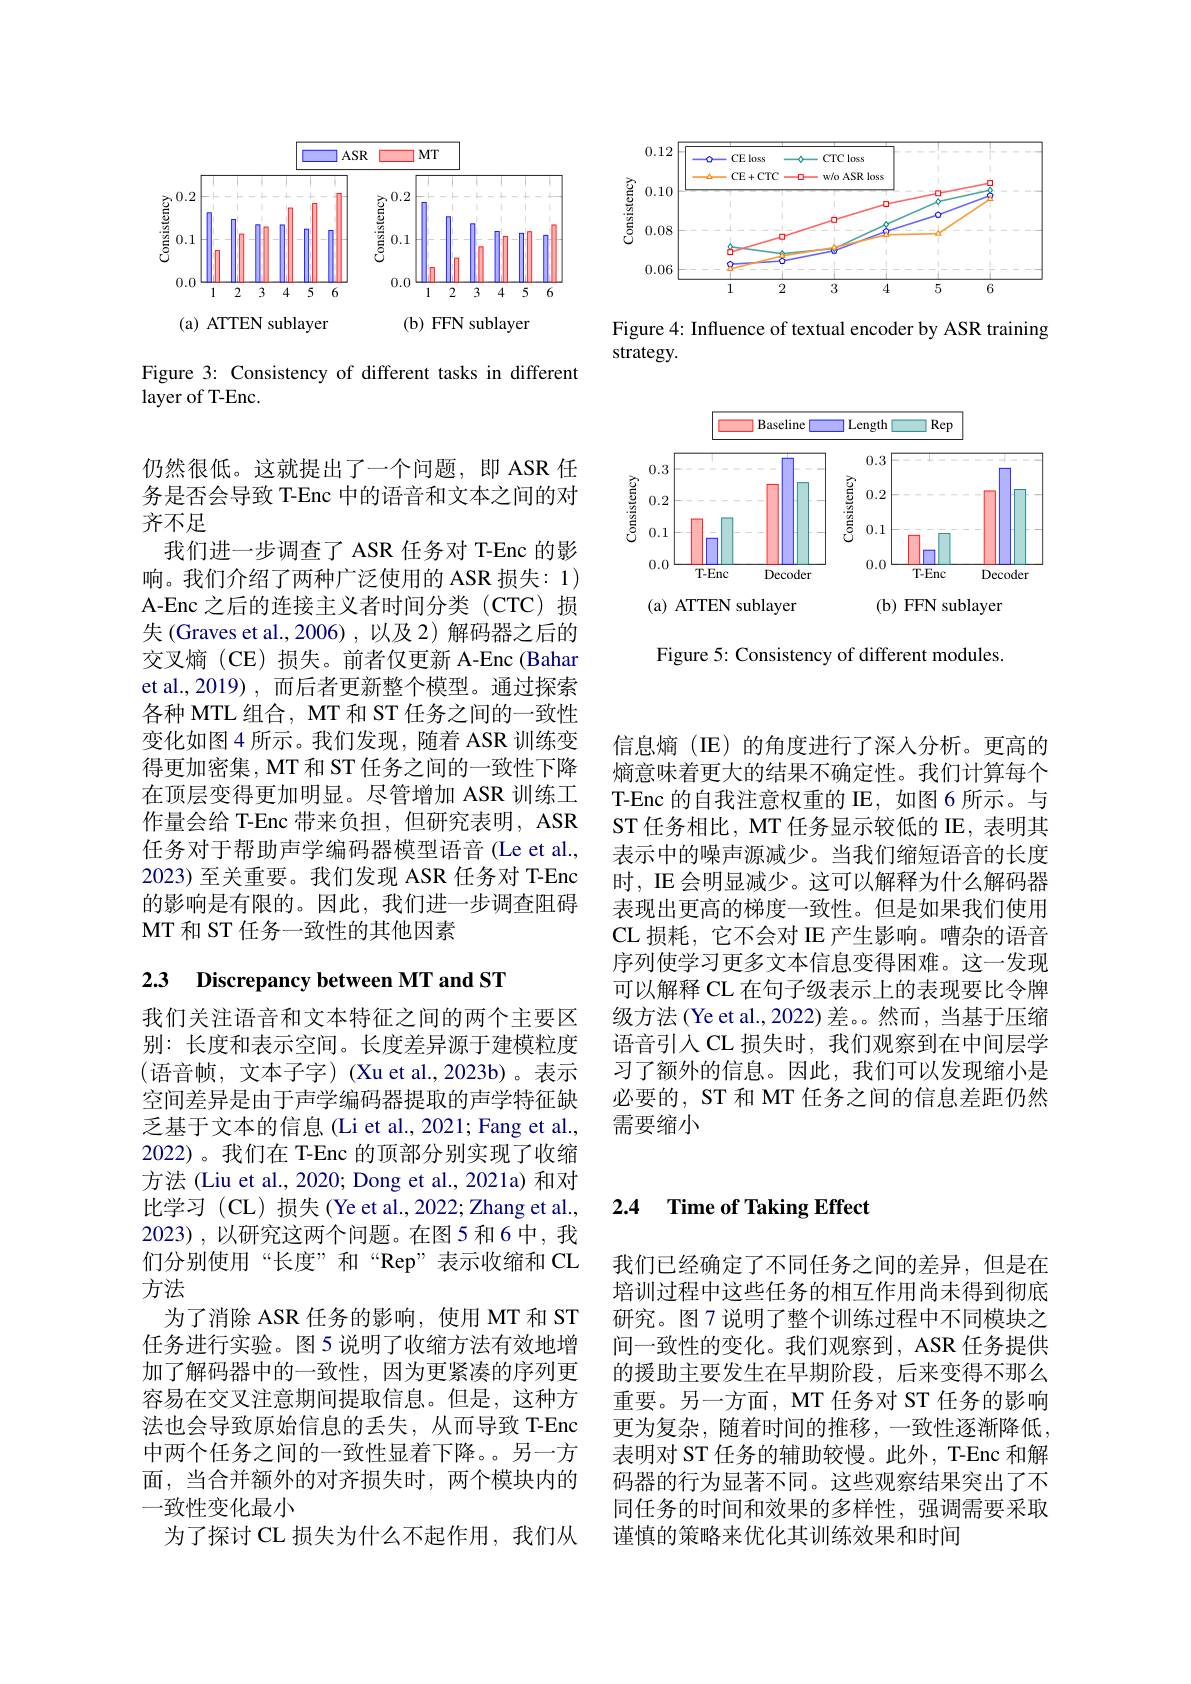
<FigureHere>

Figure 4: Influence of textual encoder by ASR training
strategy.

<FigureHere>

Figure 5: Consistency of different modules.

<FigureHere>

Figure 3: Consistency of different tasks in different
layer of T-Enc.

仍然很低。这就提出了一个问题，即 ASR 任务是否会导致 T-Enc 中的语音和文本之间的对齐不足
我们进一步调查了 ASR 任务对 T-Enc 的影响。我们介绍了两种广泛使用的 ASR 损失：1) A-Enc 之后的连接主义者时间分类(CTC)损失(Graves et al.,2006),以及 2)解码器之后的交叉熵(CE)损失。前者仅更新 A-Enc (Bahar et al.,2019) ,而后者更新整个模型。通过探索各种 MTL 组合，MT 和 ST 任务之间的一致性变化如图 4 所示。我们发现，随着 ASR 训练变得更加密集，MT 和 ST 任务之间的一致性下降在顶层变得更加明显。尽管增加 ASR 训练工作量会给 T-Enc 带来负担，但研究表明，ASR 任务对于帮助声学编码器模型语音(Le et al., 2023) 至关重要。我们发现 ASR 任务对 T-Enc 的影响是有限的。因此，我们进一步调查阻碍MT 和 ST 任务一致性的其他因素

# 2.3 Discrepancy between MT and ST

我们关注语音和文本特征之间的两个主要区别：长度和表示空间。长度差异源于建模粒度(语音帧，文本子字)(Xuet al.,2023b)。表示空间差异是由于声学编码器提取的声学特征缺乏基于文本的信息(Li et al., 2021; Fang et al., 2022)。我们在 T-Enc 的顶部分别实现了收缩方法 (Liu et al., 2020; Dong et al., 2021a) 和对比学习 (CL) 损失 (Ye et al.,2022; Zhang et al., 2023),以研究这两个问题。在图5和6中，我们分别使用“长度”和“Rep”表示收缩和 CL 方法
为了消除 ASR 任务的影响，使用 MT 和 ST 任务进行实验。图5 说明了收缩方法有效地增加了解码器中的一致性，因为更紧凑的序列更容易在交叉注意期间提取信息。但是，这种方法也会导致原始信息的丢失，从而导致 T-Enc 中两个任务之间的一致性显着下降。另一方面，当合并额外的对齐损失时，两个模块内的一致性变化最小
为了探讨 CL 损失为什么不起作用，我们从

信息熵(IE)的角度进行了深人分析。更高的熵意味着更大的结果不确定性。我们计算每个T-Enc 的自我注意权重的 IE, 如图 6 所示。与ST 任务相比，MT 任务显示较低的 IE, 表明其表示中的噪声源减少。当我们缩短语音的长度时，IE 会明显减少。这可以解释为什么解码器表现出更高的梯度一致性。但是如果我们使用CL 损耗，它不会对 IE 产生影响。嘈杂的语音序列使学习更多文本信息变得困难。这一发现可以解释 CL 在句子级表示上的表现要比令牌级方法(Ye et al., 2022) 差。然而，当基于压缩语音引入 CL 损失时，我们观察到在中间层学习了额外的信息。因此，我们可以发现缩小是必要的，ST 和 MT 任务之间的信息差距仍然需要缩小

### 2.4 Time of Taking Effect

我们已经确定了不同任务之间的差异，但是在培训过程中这些任务的相互作用尚未得到彻底研究。图 7 说明了整个训练过程中不同模块之间一致性的变化。我们观察到，ASR 任务提供的援助主要发生在早期阶段，后来变得不那么重要。另一方面，MT 任务对 ST 任务的影响更为复杂，随着时间的推移，一致性逐渐降低， 表明对 ST 任务的辅助较慢。此外，T-Enc 和解码器的行为显著不同。这些观察结果突出了不同任务的时间和效果的多样性，强调需要采取谨慎的策略来优化其训练效果和时间